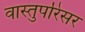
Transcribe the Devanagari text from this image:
वास्तुपरिसर